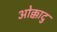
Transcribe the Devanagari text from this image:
ओक्कादु